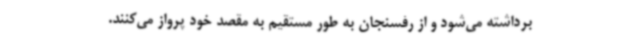
برداشته می‌شود و از رفسنجان به‌ طور مستقیم به مقصد خود پرواز می‌کنند.